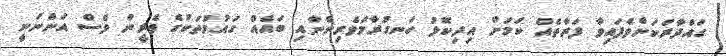
ގައްދާރަކަށްވެފައިވާ ފަރާތެއް ކަމަށް އިދިކޮޅު ހަނގުރާމަވެރިންނާއި ބައެއް ގައުމުތަކުގެ ވެރީން ވެސް އަންނަނީ